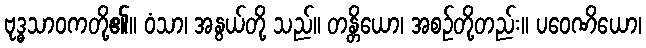
ဗုဒ္ဓသာဝကတို့၏။ ဝံသာ၊ အနွယ်တို့ သည်။ တန္တိယော၊ အစဉ်တို့တည်း။ ပဝေဏိယော၊